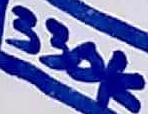
Text: 330K